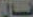
فسال